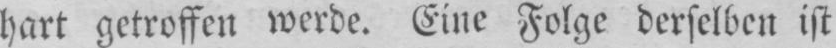
hart getroffen werde. Eine Folge derselben ist